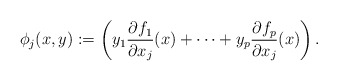
\begin{align*} \phi_{j}(x,y) := \left(y_1 \frac{\partial f_1}{\partial x_j}(x)+\cdots+y_p \frac{\partial f_p}{\partial x_j}(x)\right).\end{align*}